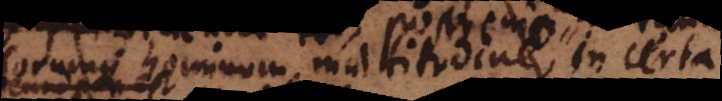
curiosorumque hominum multitudine, in certa